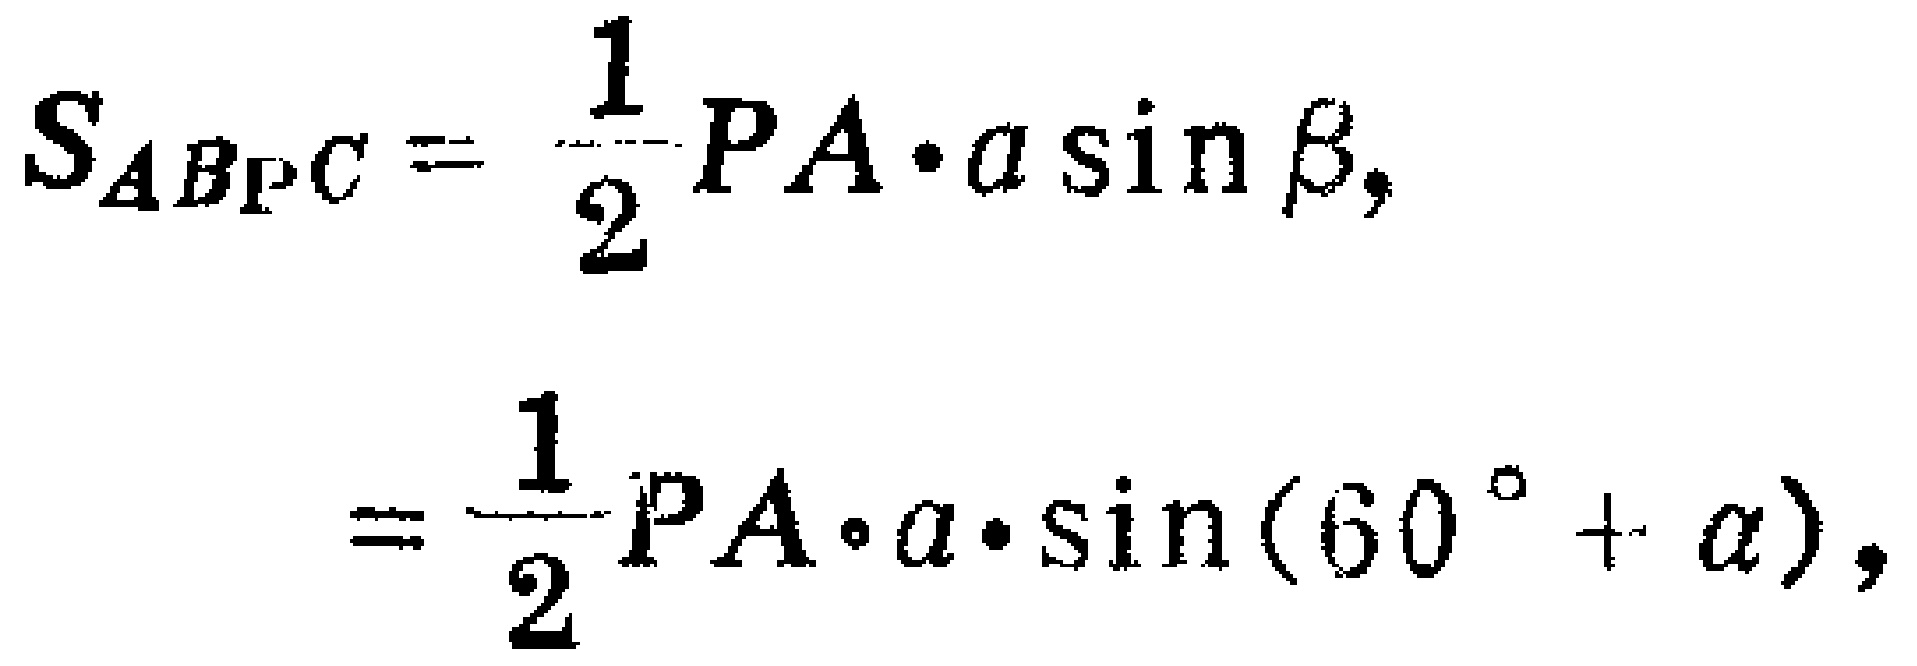
\[
S_{ABPC}=\frac{1}{2}PA\cdot a\sin\beta,
\]
\[
=\frac{1}{2}PA\cdot a\cdot\sin(60^{\circ}+\alpha),
\]